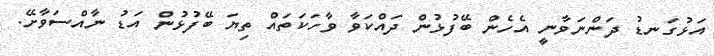
އަޅުގަނޑު ދަންނަވާނީ އެހެން ބޭފުޅުން ދައްކަވާ ވާހަކަތައް ތިޔަ ބޭފުޅުން އަޑު ނާއްސަވާށޭ.